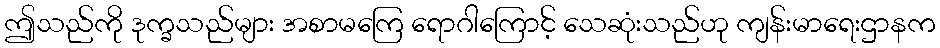
ဤသည်ကို ဒုက္ခသည်များ အစာမကြေ ရောဂါကြောင့် သေဆုံးသည်ဟု ကျန်းမာရေးဌာနက